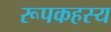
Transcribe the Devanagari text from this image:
रूपकहस्य